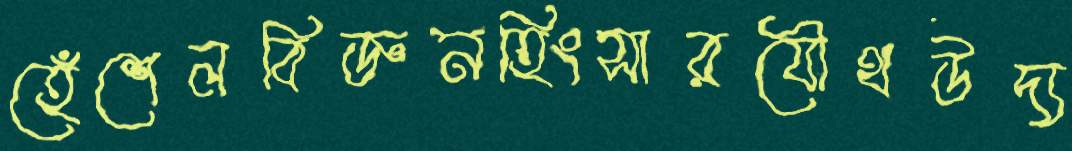
হেঁশেলবিজ্ঞনহিংসারযৌথউদ্য